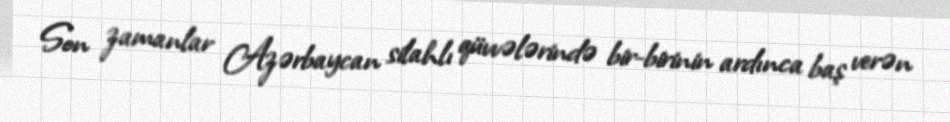
Son zamanlar Azərbaycan silahlı qüvvələrində bir-birinin ardınca baş verən